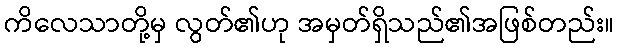
ကိလေသာတို့မှ လွတ်၏ဟု အမှတ်ရှိသည်၏အဖြစ်တည်း။